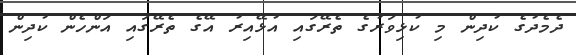
ދެމެދުގެ ކުދިން މި ކުޅިވަރުގެ ތެރޭގައި އުޅޭއިރު އޭގެ ތެރޭގައި އަންހެން ކުދިން